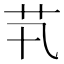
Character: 䒖